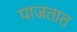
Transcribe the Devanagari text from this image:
पाजतात